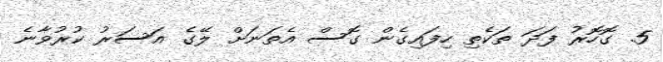
5. ގޮހޮރު ފަދަ ތަކެތި ހިފައިގެން ގޮސް އެތަނަށް ލޭގެ އަސަރު ކުރުވާނެ